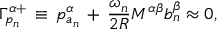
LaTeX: \Gamma _ { p _ { n } } ^ { \alpha + } \, \equiv \, p _ { a _ { n } } ^ { \alpha } \, + \, \frac { \omega _ { n } } { 2 R } M ^ { \alpha \beta } b _ { n } ^ { \beta } \approx 0 , \, \, \, \, \, \, \,